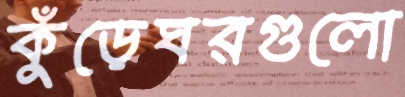
কুঁড়েঘরগুলো